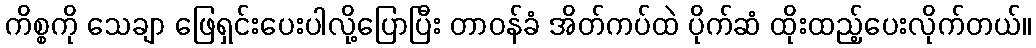
ကိစ္စကို သေချာ ဖြေရှင်းပေးပါလို့ပြောပြီး တာဝန်ခံ အိတ်ကပ်ထဲ ပိုက်ဆံ ထိုးထည့်ပေးလိုက်တယ်။